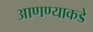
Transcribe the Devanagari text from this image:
आणण्याकडे